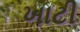
ખાટી